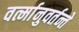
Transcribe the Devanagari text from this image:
वर्त्मानुवर्तन्ते